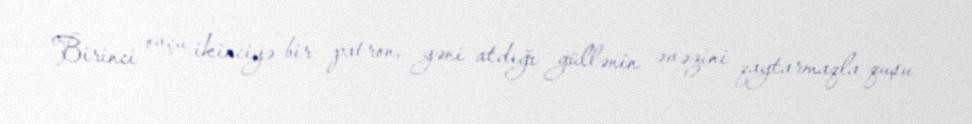
Birinci ovçu ikinciyə bir patron, yəni atdığı güllənin əvəzini qaytarmaqla quşu